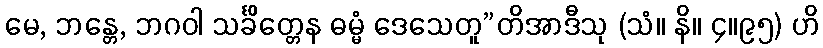
မေ, ဘန္တေ, ဘဂဝါ သင်္ခိတ္တေန ဓမ္မံ ဒေသေတူ”တိအာဒီသု (သံ။ နိ။ ၄။၉၅) ဟိ